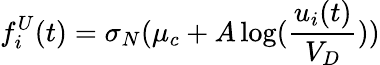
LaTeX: f_{i}^{U}(t)=\sigma_{N}(\mu_{c}+A\log(\frac{u_{i}(t)}{V_{D}}))